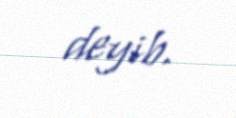
deyib.